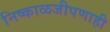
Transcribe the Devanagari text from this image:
निष्काळजीपणाही